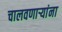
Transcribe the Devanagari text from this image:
चालवणार्‍यांना